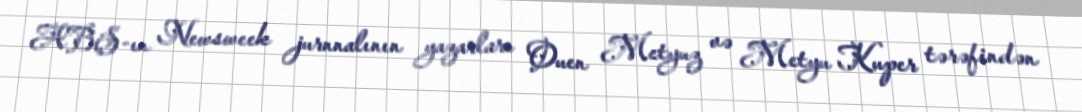
ABŞ-ın Newsweek jurnnalının yazarları Ouen Metyuz və Metyu Kuper tərəfindən